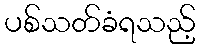
ပစ်သတ်ခံရသည့်